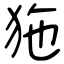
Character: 狏